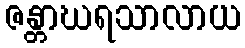
ဇန္တာဃရသာလာယ